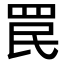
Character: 罠